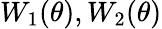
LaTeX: W_{1}(\theta),W_{2}(\theta)